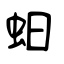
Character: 蚎